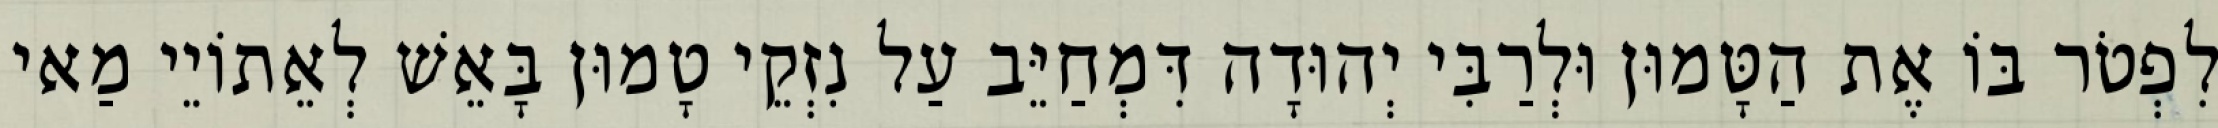
לִפְטֹר בּוֹ אֶת הַטָּמוּן וּלְרַבִּי יְהוּדָה דִּמְחַיֵּב עַל נִזְקֵי טָמוּן בָּאֵשׁ לְאֵתוֹיֵי מַאי